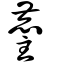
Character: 麈